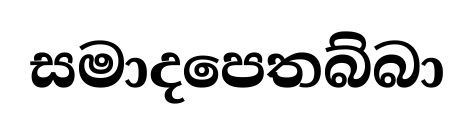
සමාදපෙතබ්බා